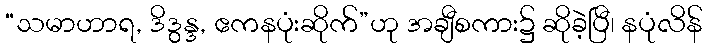
“သမာဟာရ, ဒိဒွန္ဒ, ဧကနပုံးဆိုက်”ဟု အချီစကား၌ ဆိုခဲ့ပြီ၊ နပုံလိန်